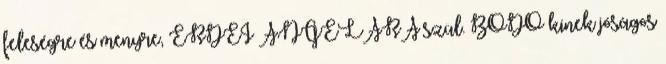
feleségre és menyre, ERDEI ANGÉLÁRA szül. BODÓ kinek jóságos